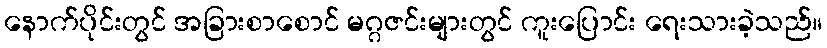
နောက်ပိုင်းတွင် အခြားစာစောင် မဂ္ဂဇင်းများတွင် ကူးပြောင်း ရေးသားခဲ့သည်။